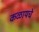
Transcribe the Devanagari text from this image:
कळायचे